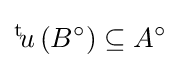
{}^{\text{t}}\!u\left(B^{\circ }\right)\subseteq A^{\circ }